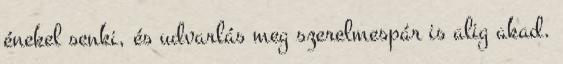
énekel senki, és udvarlás meg szerelmespár is alig akad.